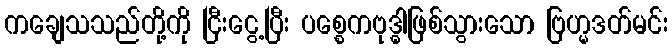
ကချေသသည်တို့ကို ငြီးငွေ့ပြီး ပစ္စေကဗုဒ္ဓါဖြစ်သွားသော ဗြဟ္မဒတ်မင်း